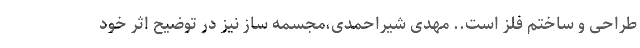
طراحی و ساختم فلز است.. مهدی شیراحمدی،مجسمه ساز نیز در توضیح اثر خود